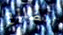
الضائع